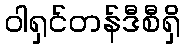
ဝါရှင်တန်ဒီစီရှိ